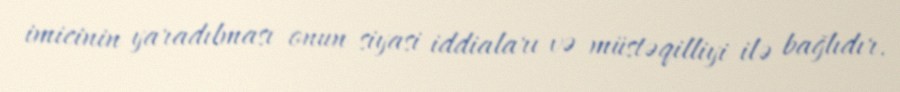
imicinin yaradılması onun siyasi iddiaları və müstəqilliyi ilə bağlıdır.